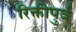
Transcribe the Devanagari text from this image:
रिक्तीपुर्व